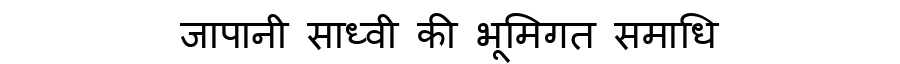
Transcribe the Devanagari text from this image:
जापानी साध्वी की भूमिगत समाधि